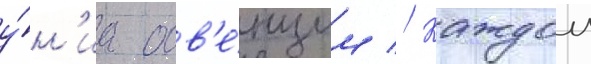
у́н'иа осв'е́нцим // Каждои